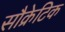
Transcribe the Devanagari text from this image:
सौक्रेटिक